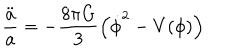
\frac { \ddot { a } } { a } = - \frac { 8 \pi G } { 3 } \left( \dot { \phi } ^ { 2 } - V ( \phi ) \right)